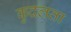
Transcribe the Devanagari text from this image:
कुदलता